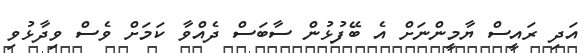
އަދި ރައީސް ޔާމީންނަށް އެ ބޭފުޅުން ސާބަސް ދެއްވާ ކަމަށް ވެސް ވިދާޅުވި